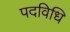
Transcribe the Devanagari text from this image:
पदविधि